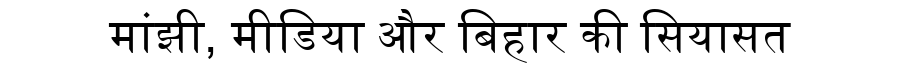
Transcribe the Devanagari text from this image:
मांझी, मीडिया और बिहार की सियासत